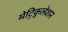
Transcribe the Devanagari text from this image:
मेट्रिकुलेशन